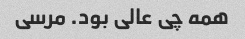
همه چی عالی بود. مرسی